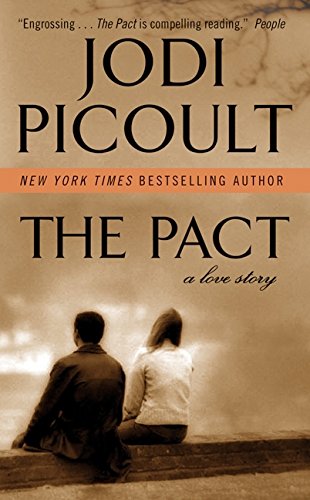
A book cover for The Pact: A Love Story; Jodi Picoult; Literature & Fiction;